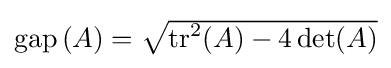
{\textstyle {\rm {gap}}\left(A\right)={\sqrt {{\rm {tr}}^{2}(A)-4\det(A)}}}